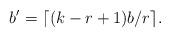
LaTeX: \begin{align*}b^\prime =\lceil (k-r+1)b/r\rceil.\end{align*}